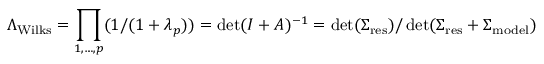
\Lambda _ { \mathrm { W i l k s } } = \prod _ { 1 , \ldots , p } ( 1 / ( 1 + \lambda _ { p } ) ) = \operatorname* { d e t } ( I + A ) ^ { - 1 } = \operatorname* { d e t } ( \Sigma _ { \mathrm { r e s } } ) / \operatorname* { d e t } ( \Sigma _ { \mathrm { r e s } } + \Sigma _ { \mathrm { m o d e l } } )